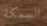
السمكة